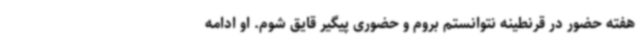
هفته حضور در قرنطینه نتوانستم بروم و حضوری پیگیر قایق شوم. او ادامه